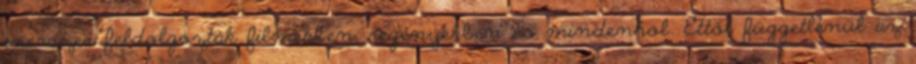
ezerszer feldolgozták filmekben, regényekben és mindenhol. Ettől függetlenül az